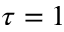
\tau = 1